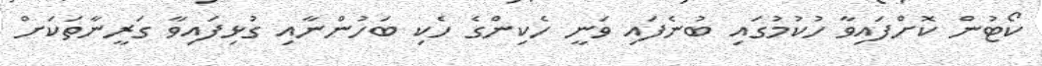
ކޯޓުން ކޮށްފައިވާ ހުކުމުގައި ބުނެފައި ވަނީ ހެކިންގެ ހެކި ބަހުންނާއި ގުޅިފައިވާ ގަރީނާތަކަށް